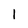
Character: 1